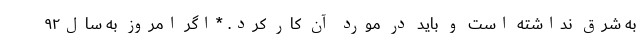
به شرق نداشته است و باید در مورد آن کار کرد. *اگر امروز به سال۹۲